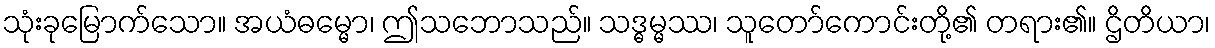
သုံးခုမြောက်သော။ အယံဓမ္မော၊ ဤသဘောသည်။ သဒ္ဓမ္မဿ၊ သူတော်ကောင်းတို့၏ တရား၏။ ဌိတိယာ၊